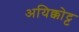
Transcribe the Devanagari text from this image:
अयिक्कोट्ट